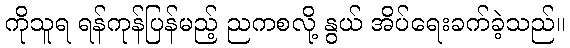
ကိုသူရ ရန်ကုန်ပြန်မည့် ညကစလို့ နွယ် အိပ်ရေးခက်ခဲ့သည်။